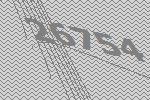
26754